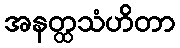
အနတ္ထသံဟိတာ